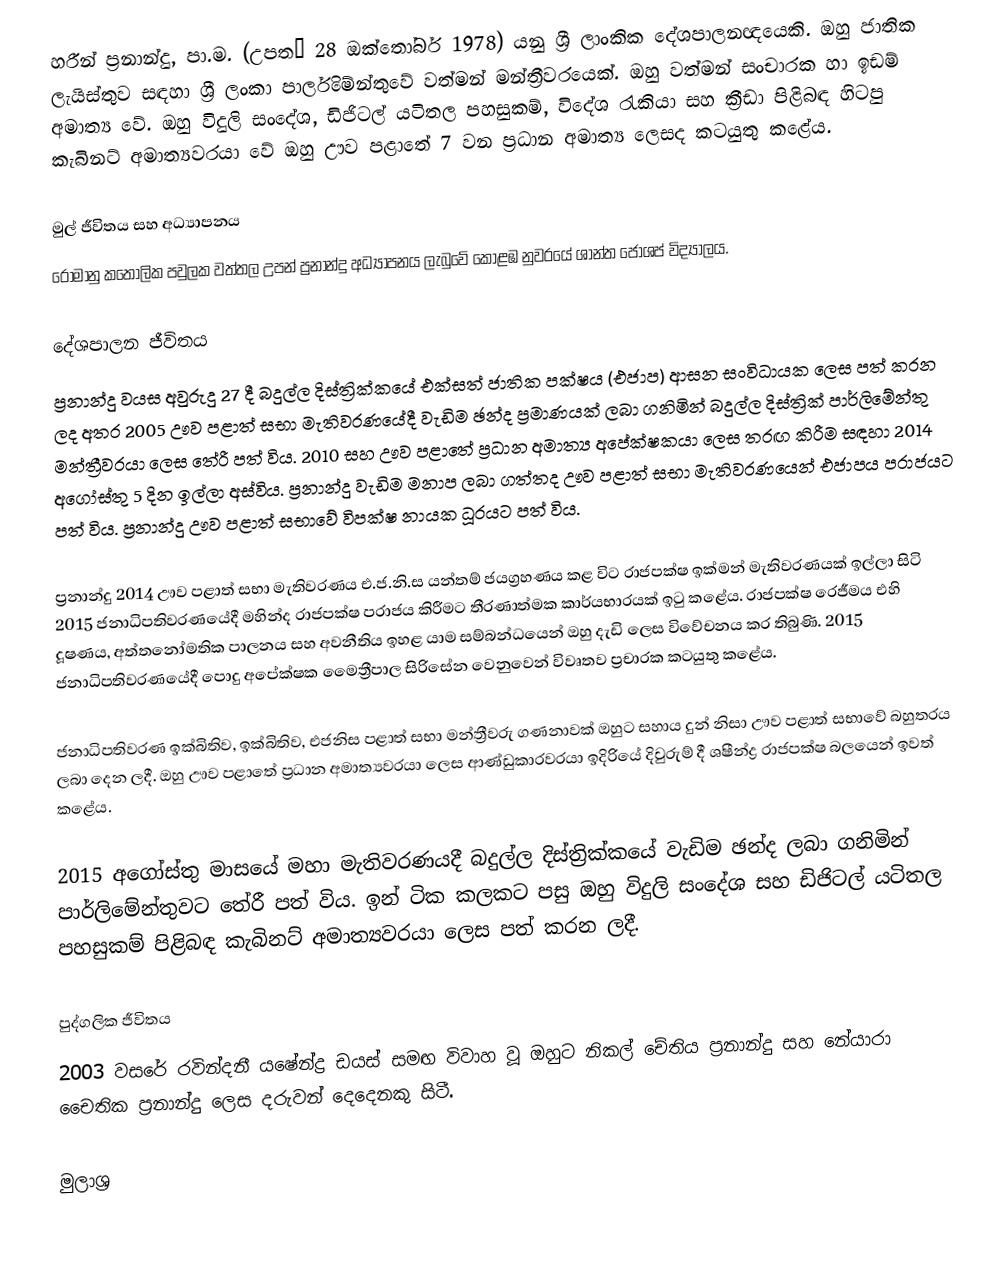
හරීන් ප්‍රනාන්දු, පා.ම. (උපතː 28 ඔක්තෝබර් 1978) යනු ශ්‍රී ලාංකික දේශපාලනඥයෙකි. ඔහු ජාතික ලැයිස්තුව සඳහා ශ්‍රී ලංකා පාර්ලිමේන්තුවේ වත්මන් මන්ත්‍රීවරයෙක්. ඔහු වත්මන් සංචාරක හා ඉඩම් අමාත්‍ය වේ. ඔහු විදුලි සංදේශ, ඩිජිටල් යටිතල පහසුකම්, විදේශ රැකියා සහ ක්‍රීඩා පිළිබඳ හිටපු කැබිනට් අමාත්‍යවරයා වේ ඔහු ඌව පළාතේ 7 වන ප්‍රධාන අමාත්‍ය ලෙසද කටයුතු කළේය.

මුල් ජීවිතය සහ අධ්‍යාපනය
රෝමානු කතෝලික පවුලක වත්තල උපන් ප්‍රනාන්දු අධ්‍යාපනය ලැබුවේ කොළඹ නුවරයේ ශාන්ත ජෝශප් විද්‍යාලය.

දේශපාලන ජීවිතය
ප්‍රනාන්දු වයස අවුරුදු 27 දී බදුල්ල දිස්ත්‍රික්කයේ එක්සත් ජාතික පක්ෂය (එජාප) ආසන සංවිධායක ලෙස පත් කරන ලද අතර 2005 ඌව පළාත් සභා මැතිවරණයේදී වැඩිම ඡන්ද ප්‍රමාණයක් ලබා ගනිමින් බදුල්ල දිස්ත්‍රික් පාර්ලිමේන්තු මන්ත්‍රීවරයා ලෙස තේරී පත් විය. 2010 සහ ඌව පළාතේ ප්‍රධාන අමාත්‍ය අපේක්ෂකයා ලෙස තරඟ කිරීම සඳහා 2014 අගෝස්තු 5 දින ඉල්ලා අස්විය. ප්‍රනාන්දු වැඩිම මනාප ලබා ගත්තද ඌව පළාත් සභා මැතිවරණයෙන් එජාපය පරාජයට පත් විය. ප්‍රනාන්දු ඌව පළාත් සභාවේ විපක්ෂ නායක ධූරයට පත් විය.

ප්‍රනාන්දු 2014 ඌව පළාත් සභා මැතිවරණය එ.ජ.නි.ස යන්තම් ජයග්‍රහණය කළ විට රාජපක්ෂ ඉක්මන් මැතිවරණයක් ඉල්ලා සිටි 2015 ජනාධිපතිවරණයේදී මහින්ද රාජපක්ෂ පරාජය කිරීමට තීරණාත්මක කාර්යභාරයක් ඉටු කළේය. රාජපක්ෂ රෙජීමය එහි දූෂණය, අත්තනෝමතික පාලනය සහ අවනීතිය ඉහළ යාම සම්බන්ධයෙන් ඔහු දැඩි ලෙස විවේචනය කර තිබුණි.  2015 ජනාධිපතිවරණයේදී පොදු අපේක්ෂක මෛත්‍රීපාල සිරිසේන වෙනුවෙන් විවෘතව ප්‍රචාරක කටයුතු කළේය.

ජනාධිපතිවරණ ඉක්බිතිව, ඉක්බිතිව, එජනිස පළාත් සභා මන්ත්‍රීවරු ගණනාවක් ඔහුට සහාය දුන් නිසා ඌව පළාත් සභාවේ බහුතරය ලබා දෙන ලදී. ඔහු ඌව පළාතේ ප්‍රධාන අමාත්‍යවරයා ලෙස ආණ්ඩුකාරවරයා ඉදිරියේ දිවුරුම් දී ශෂීන්ද්‍ර රාජපක්ෂ බලයෙන් ඉවත් කළේය.

2015 අගෝස්තු මාසයේ මහා මැතිවරණයදී බදුල්ල දිස්ත්‍රික්කයේ වැඩිම ඡන්ද ලබා ගනිමින් පාර්ලිමේන්තුවට තේරී පත් විය. ඉන් ටික කලකට පසු ඔහු විදුලි සංදේශ සහ ඩිජිටල් යටිතල පහසුකම් පිළිබඳ කැබිනට් අමාත්‍යවරයා ලෙස පත් කරන ලදී.

පුද්ගලික ජීවිතය
2003 වසරේ රවින්දනී යෂේන්ද්‍ර ඩයස් සමඟ විවාහ වූ ඔහුට නිකල් චේතිය ප්‍රනාන්දු සහ නේයාරා චෛතික ප්‍රනාන්දු ලෙස දරුවන් දෙදෙනකු සිටී.

මුලාශ්‍ර